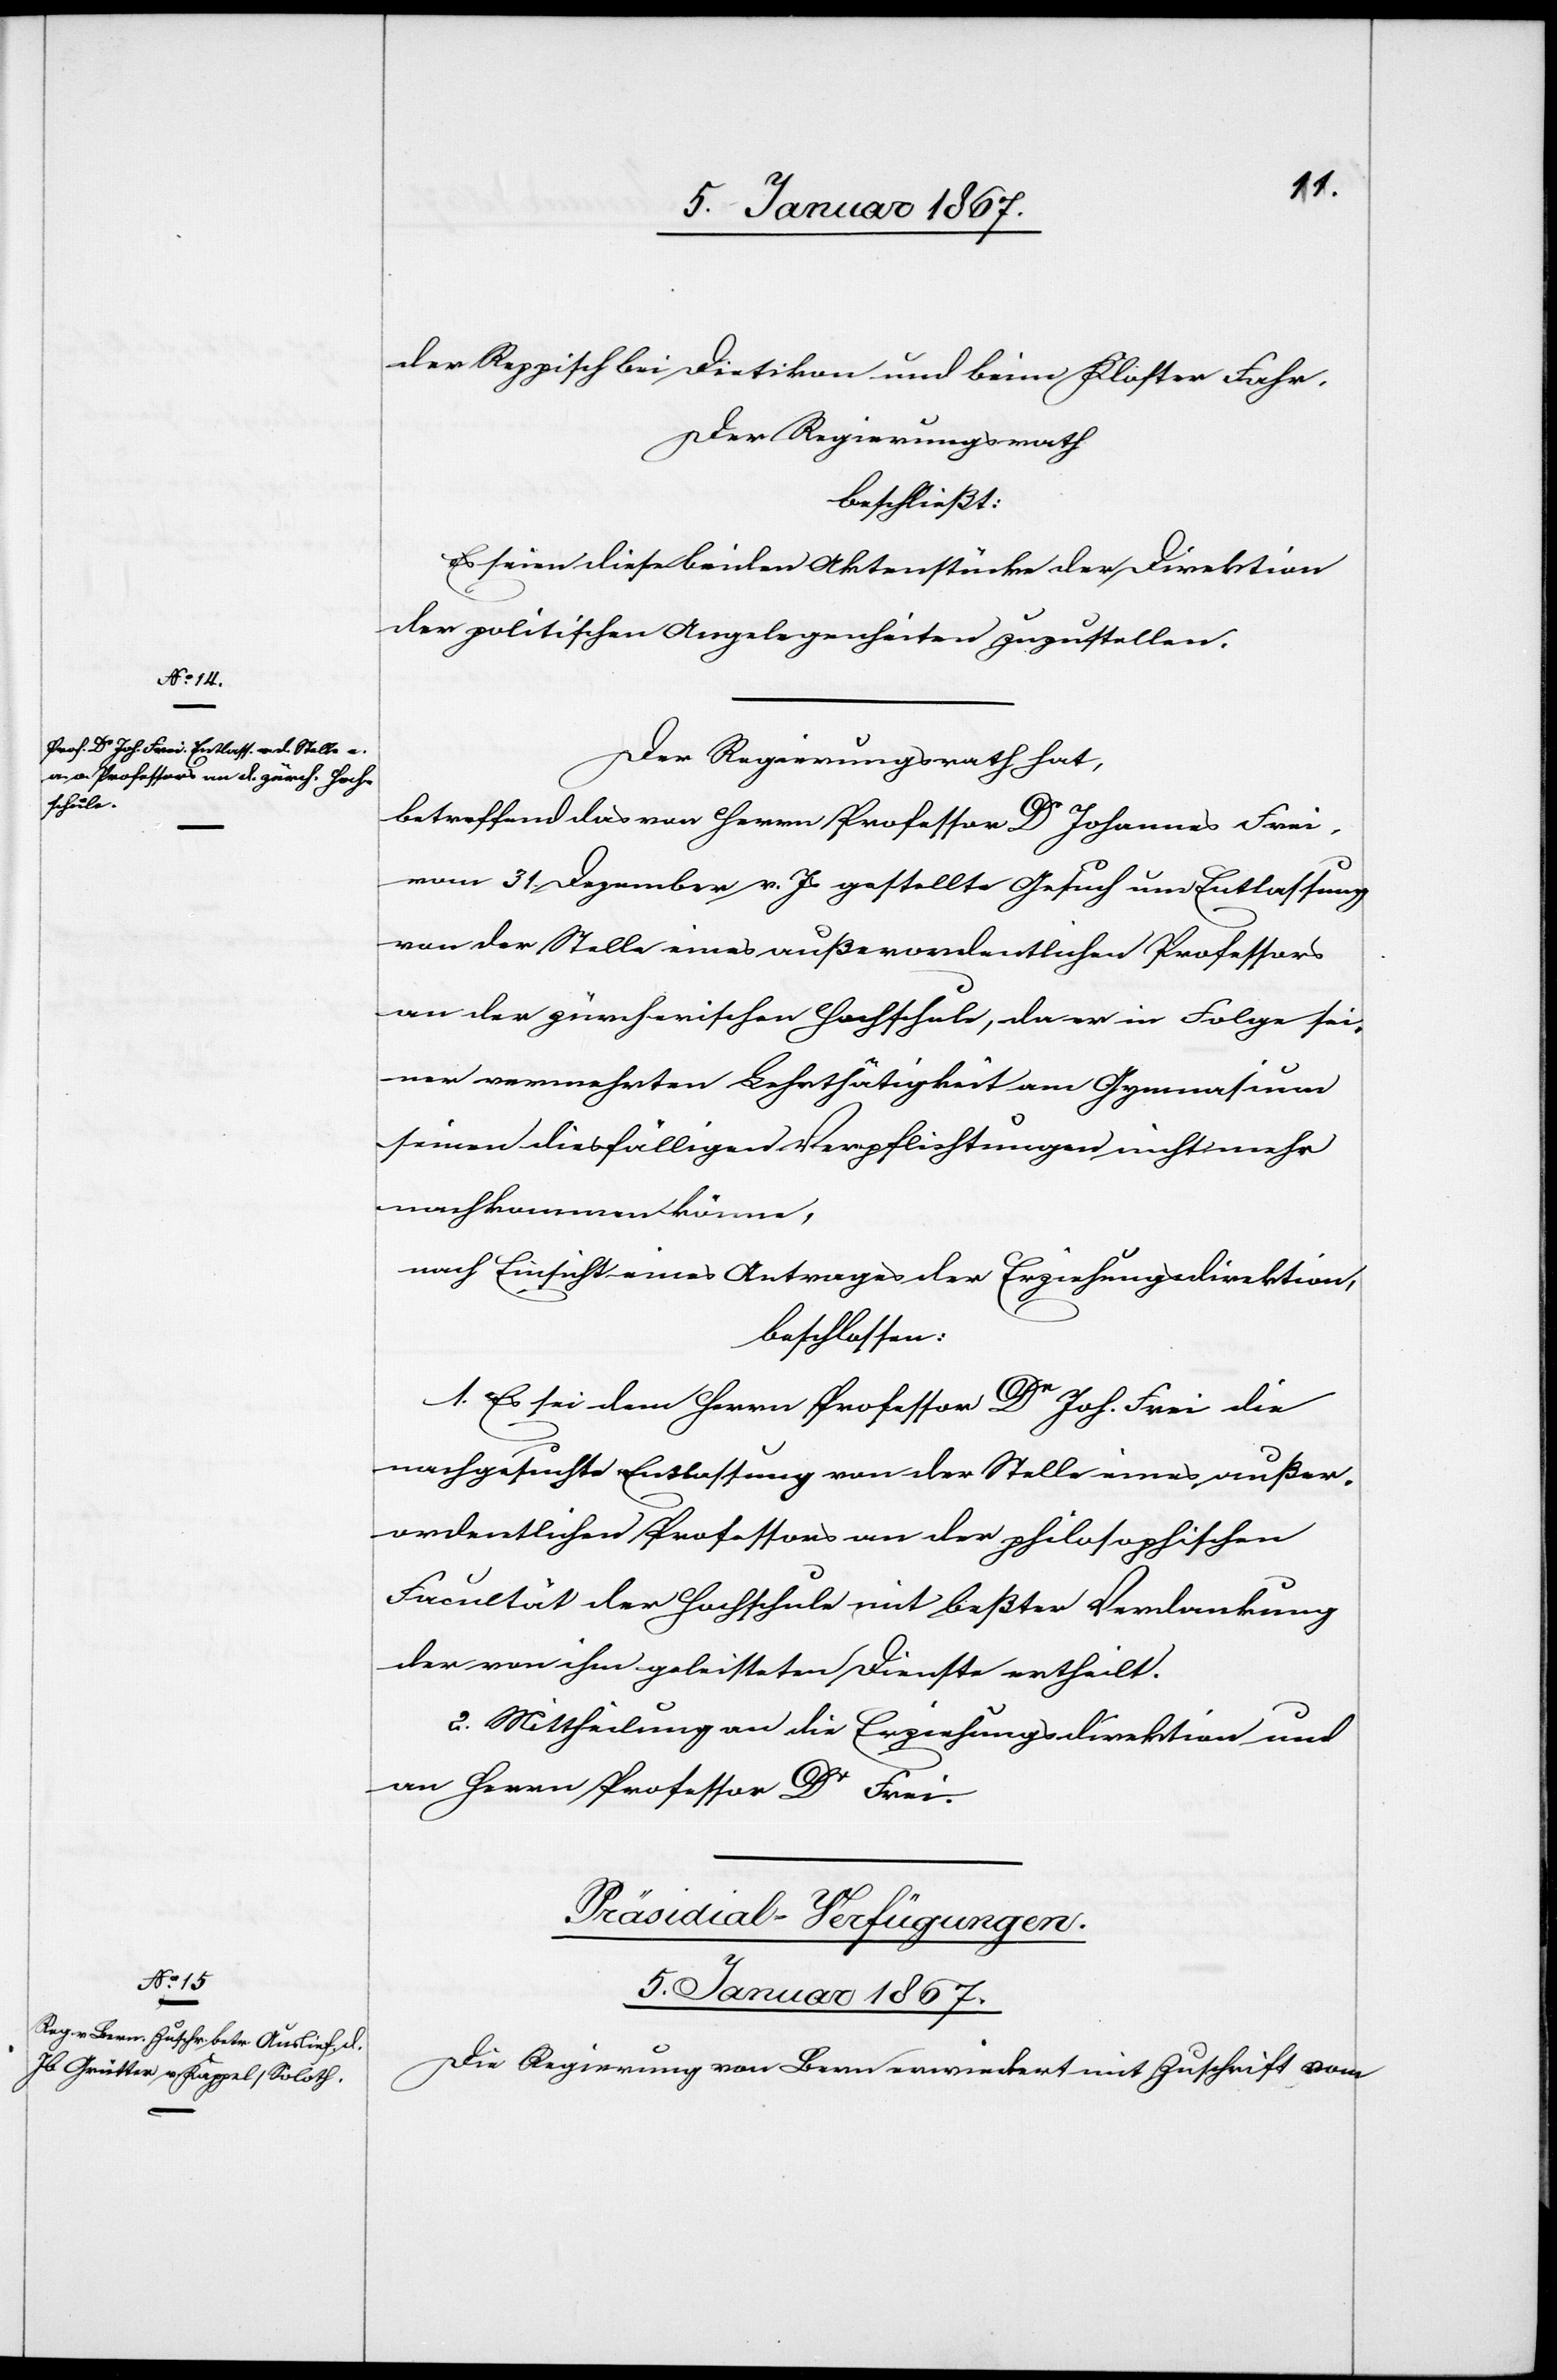
der Reppisch bei Dietikon und beim Kloster Fahr.
Der Regierungsrath
beschließt:
Es seien diese beiden Aktenstücke der Direktion
der politischen Angelegenheiten zuzustellen.
Der Regierungsrath hat,
betreffend das von Herrn Professor Dr Johannes Frei,
vom 31. Dezember v. Js gestellte Gesuch um Entlassung
von der Stelle eines außerordentlichen Professors
an der zürcherischen Hochschule, da er in Folge sei¬
ner vermehrten Lehrthätigkeit am Gymnasium
seinen diesfälligen Verpflichtungen nicht mehr
nachkommen könne,
nach Einsicht eines Antrages der Erziehungsdirektion,
beschlossen:
1. Es sei dem Herrn Professor Dr Joh. Frei die
nachgesuchte Entlassung von der Stelle eines außer¬
ordentlichen Professors an der philosophischen
Facultät der Hochschule mit beßter Verdankung
der von ihm geleisteten Dienste ertheilt.
2. Mittheilung an die Erziehungsdirektion und
an Herrn Professor Dr Frei.
Präsidial-Verfügungen.
5. Januar 1867.
Die Regierung von Bern erwiedert mit Zuschrift vom